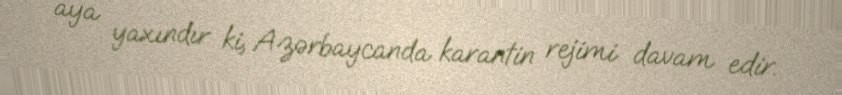
aya yaxındır ki, Azərbaycanda karantin rejimi davam edir.